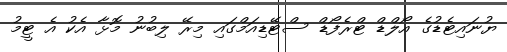
ޔުނައިޓެޑުގެ އޯލްޑް ޓްރެފޯޑް ސްޓޭޑިއަމްގައި މިރޭ ލިބުނު މޮޅާ އެކު އެ ޓީމު